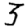
Digit: 3